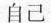
自己